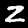
Label: 2